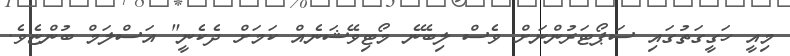
މިއީ ހަގީގަތުގައި ސަޕޯޓަރުންނަށް ވެސް ލިބޭނެ މޯޓިވޭޝަނެއް ކަމަށް ދެކެނީ" އަސްލަމް ބުންޏެވެ.